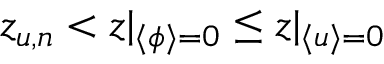
z _ { u , n } < z | _ { \langle \phi \rangle = 0 } \leq z | _ { \langle u \rangle = 0 }